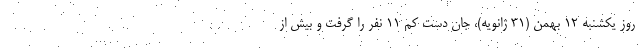
روز یکشنبه ۱۲ بهمن (۳۱ ژانویه)، جان دست کم ۱۱ نفر را گرفت و بیش از